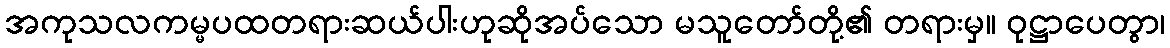
အကုသလကမ္မပထတရားဆယ်ပါးဟုဆိုအပ်သော မသူတော်တို့၏ တရားမှ။ ဝုဋ္ဌာပေတွာ၊